Annual report on the working of the lock hospitals in the Central Provinces
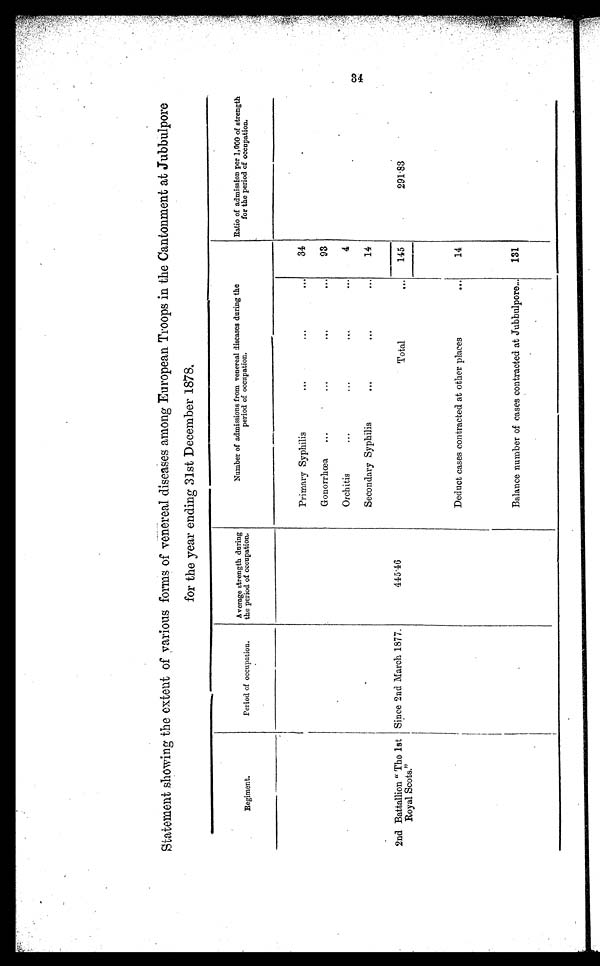
Statement showing the extent of various forms of venereal diseases among European Troops in the Cantonment at Jubbulpore
for the year ending 31st December 1878.
Regiment.
Period of occupation.
Average strength during
the period of occupation.
Number of admissions from venereal diseases during the
period of occupation.
Ratio of admission per 1,000 of strength
for the period of occupation.
2nd Battallion " The 1st
c Royal Scots,"
Since 2nd March 1877.
4 4 5 . 4 6
Primary Syphilis
...
...
. . .
34
291.83
Gonorrhœa ...
...
...
...
93
Orchitis
..
...
...
...
4
Secondary Syphilis
...
...
. . .
14
Total
. . . 145
Deduct cases contracted at other places
...
14
Balance number of cases contracted at Jubbulpore... 131
34